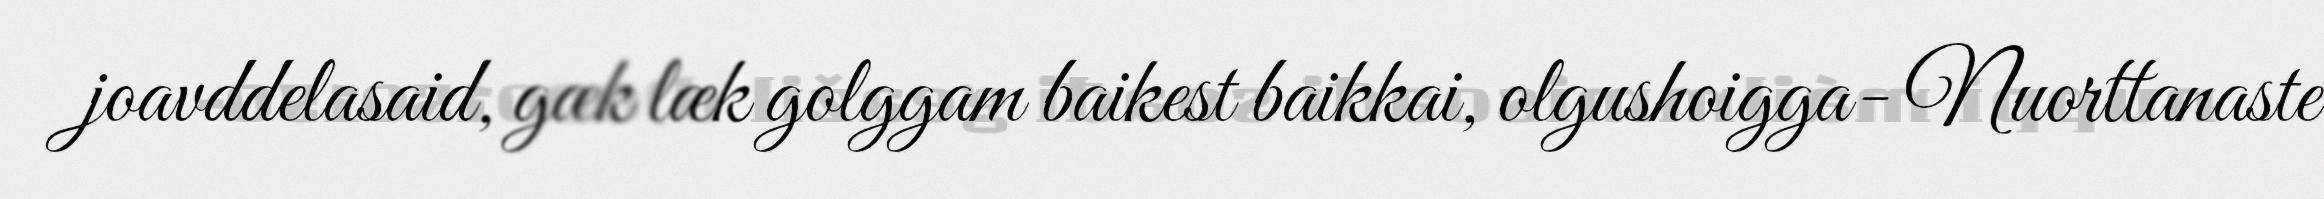
joavddelasaid, gæk læk golggam baikest baikkai, olgushoigga- Nuorttanaste